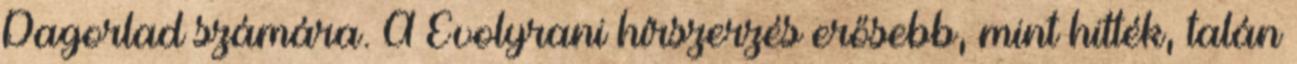
Dagorlad számára. A Evolyrani hírszerzés erősebb, mint hitték, talán